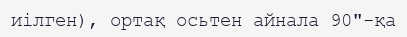
иілген), ортақ осьтен айнала 90"-қа